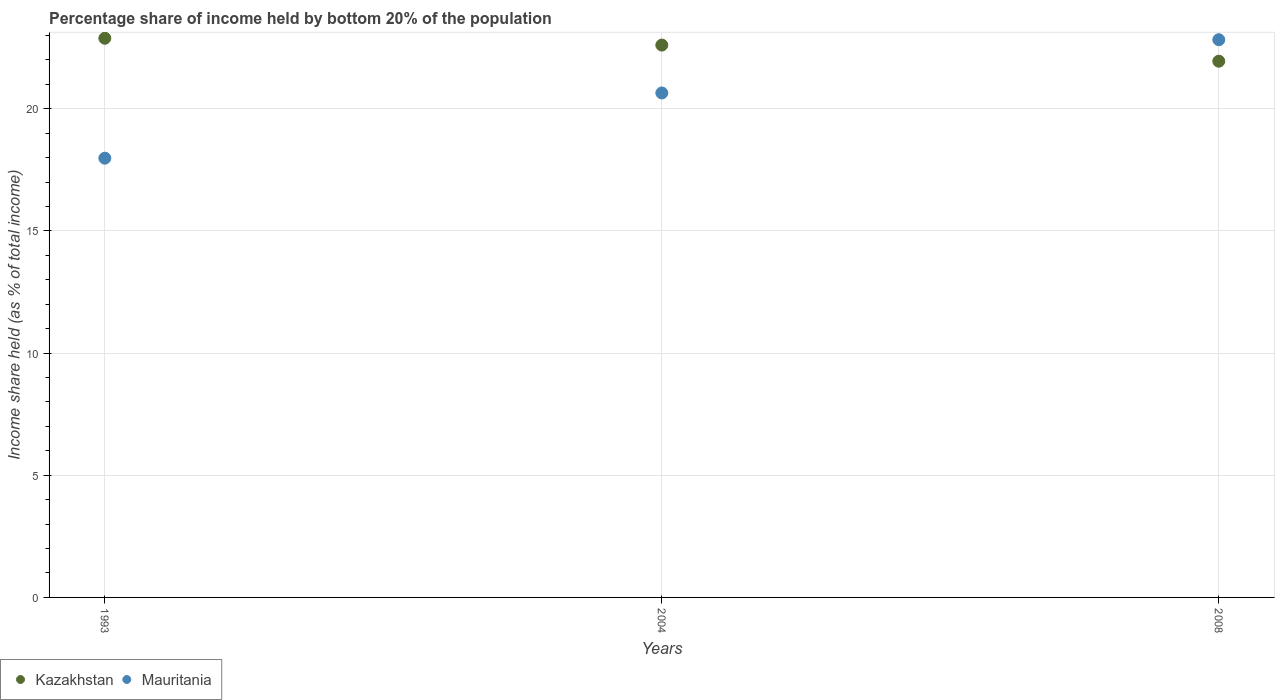
| Years | Kazakhstan | Mauritania |
 | --- | --- | --- |
 | 1993 | 22.9 | 18 |
 | 2004 | 22.6 | 20.6 |
 | 2008 | 21.9 | 22.8 |